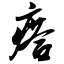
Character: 瘩